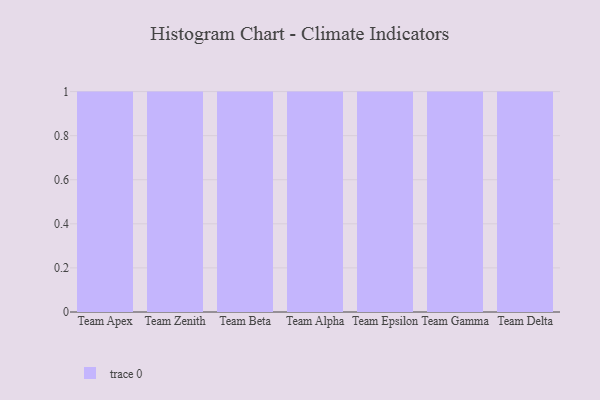
{"axis": {"x": "Team", "y": "Market Share (%)"}, "legend": [""], "data": [{"x": "Team Apex", "y": 48, "type": ""}, {"x": "Team Zenith", "y": 11, "type": ""}, {"x": "Team Beta", "y": 57, "type": ""}, {"x": "Team Alpha", "y": 87, "type": ""}, {"x": "Team Epsilon", "y": 9, "type": ""}, {"x": "Team Gamma", "y": 46, "type": ""}, {"x": "Team Delta", "y": 4, "type": ""}]}